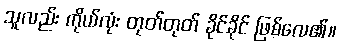
သူလည်း ကိုယ်လုံး တုတ်တုတ် ခိုင်ခိုင် ဖြစ်လေ၏။